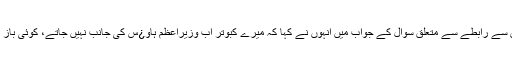
وزیراعظم عمران خان سے رابطے سے متعلق سوال کے جواب میں انہوں نے کہا کہ میرے کبوتر اب وزیراعظم ہاو¿س کی جانب نہیں جاتے، کوئی باز آکر انہیں لپک لیتا ہے۔